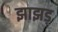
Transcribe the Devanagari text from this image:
झाझड़